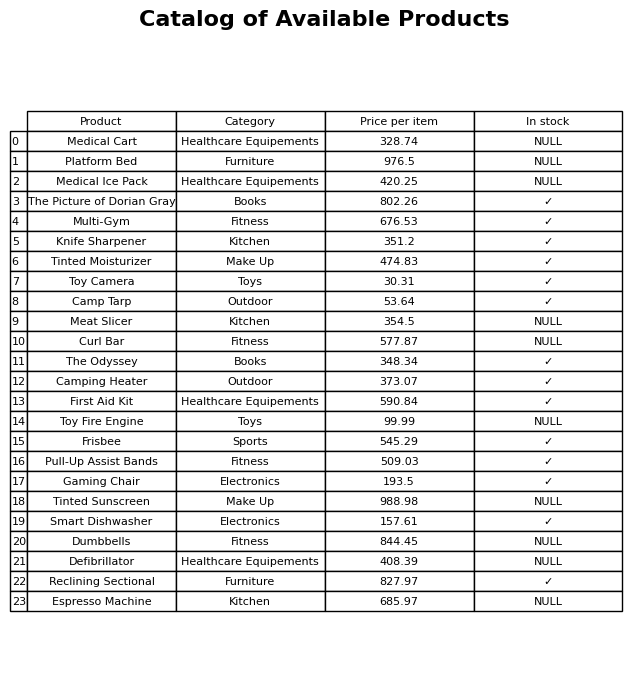
question: What is the price of the Camp Tarp?
answer: The price of Camp Tarp is 53.64.